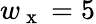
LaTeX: w_{\mathrm{~x~}}=5